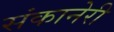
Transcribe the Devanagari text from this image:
संकानेरी